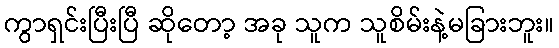
ကွာရှင်းပြီးပြီ ဆိုတော့ အခု သူက သူစိမ်းနဲ့မခြားဘူး။